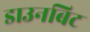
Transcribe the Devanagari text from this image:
डाउनबिट